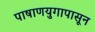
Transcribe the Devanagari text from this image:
पाषाणयुगापासून